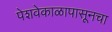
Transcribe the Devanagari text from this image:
पेशवेकाळापासूनचा